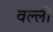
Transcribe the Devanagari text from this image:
वल्लीं